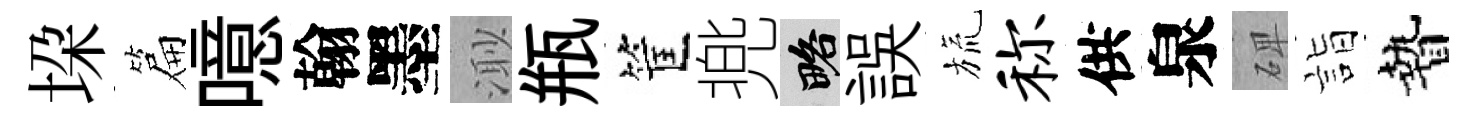
垜篇噫翰墨𣺌瓶筐兠略誤旒称供泉𥓓詣贄